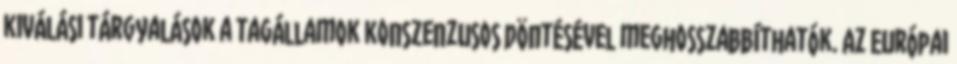
kiválási tárgyalások a tagállamok konszenzusos döntésével meghosszabbíthatók. Az Európai